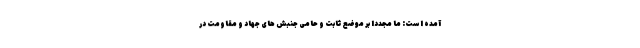
آمده است: ما مجددا بر موضع ثابت و حامی جنبش های جهاد و مقاومت در